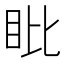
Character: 䀝